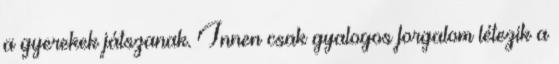
a gyerekek játszanak. Innen csak gyalogos forgalom létezik a